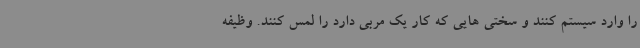
را وارد سیستم کنند و سختی هایی که کار یک مربی دارد را لمس کنند. وظیفه